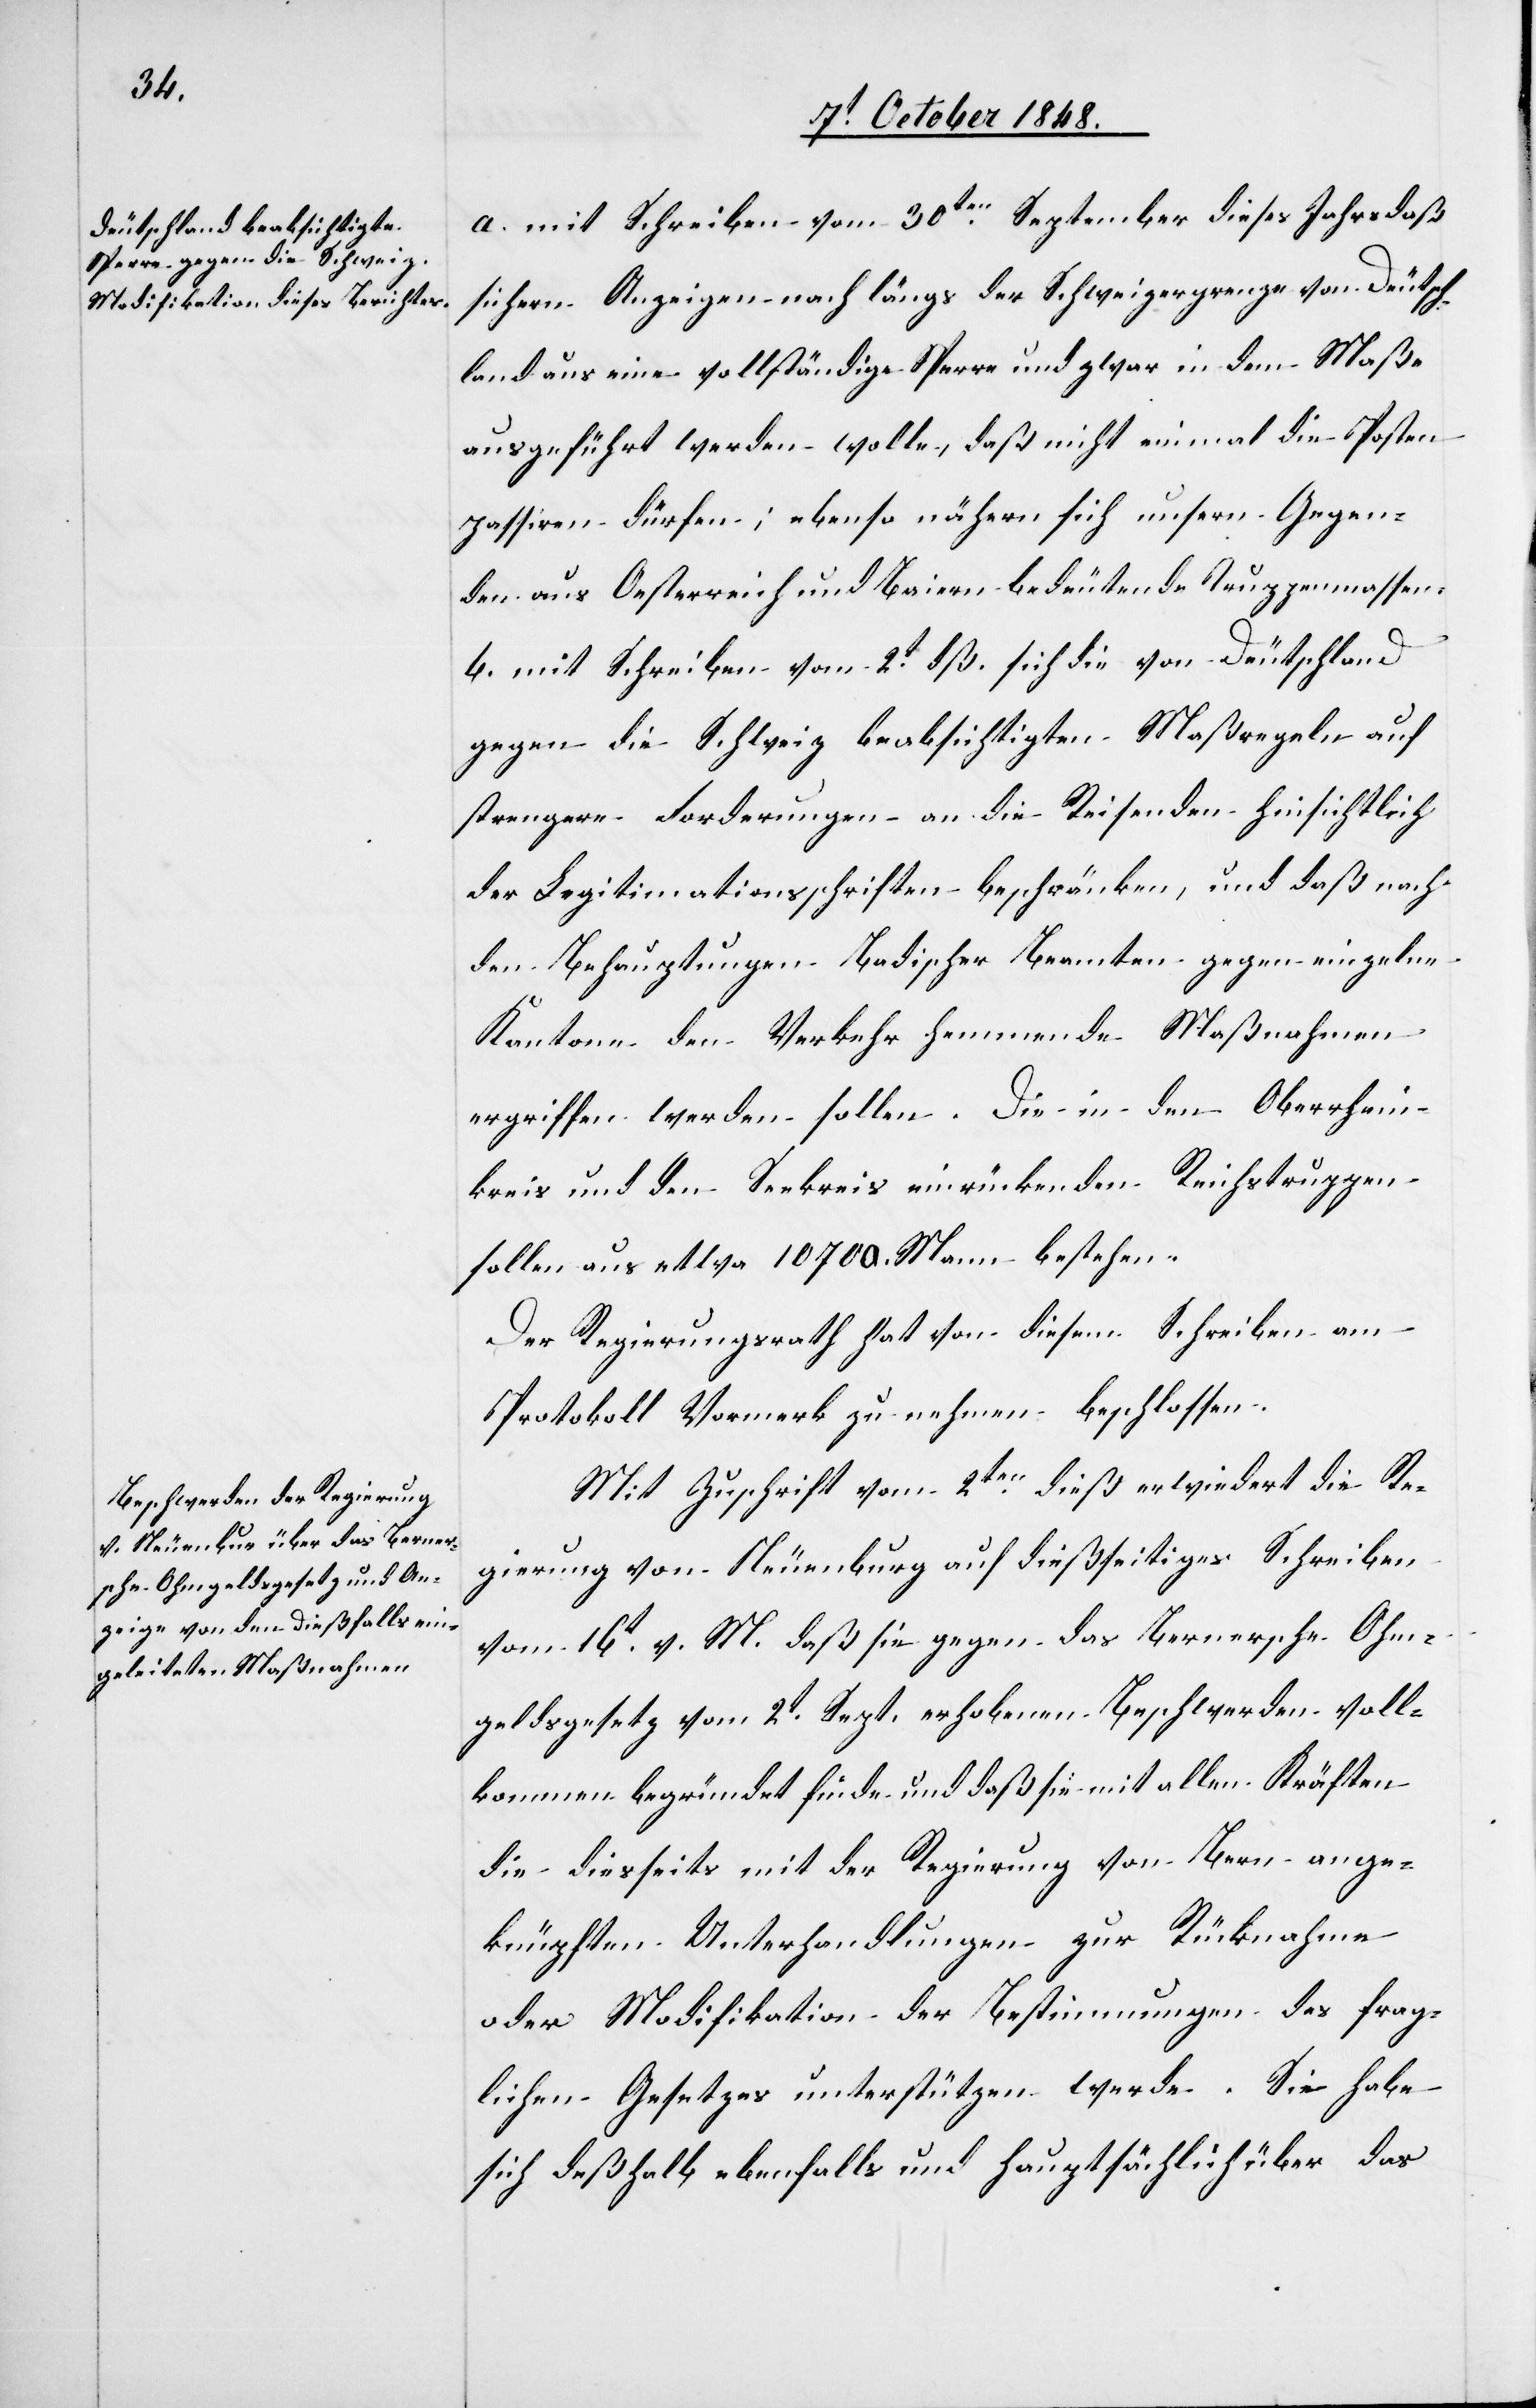
a. mit Schreiben vom 30ten September dieses Jahrs daß
sichern Anzeigen nach längs der Schweizergrenze von Deutsch¬
land aus eine vollständige Sperre und zwar in dem Maße
ausgeführt werden wolle, daß nicht einmal die Posten
passiren dürfen; ebenso nähern sich unsern Gegen¬
den aus Oesterreich und Baiern bedeutende Truppenmassen.
b. mit Schreiben vom 2t dß. sich die von Deutschland
gegen die Schweiz beabsichtigten Maßregeln auf
strengere Forderungen an die Reisenden hinsichtlich
der Legitimationsschriften beschränken, und daß nach
den Behauptungen Badischer Beamten gegen einzelne
Kantone den Verkehr hemmende Maßnahmen
ergriffen werden sollen. Die in den Oberrhein¬
kreis und den Seekreis einrückenden Reichstruppen
sollen aus etwa 10700. Mann bestehen.
Der Regierungsrath hat von diesem Schreiben am
Protokoll Vormerk zu nehmen beschlossen.
Mit Zuschrift vom 2ten dieß erwiedert die Re¬
gierung von Neuenburg auf dießseitiges Schreiben
vom 16t v. M. daß sie gegen das Bernersche Ohm¬
geldgesetz vom 2t Sept. erhobenen Beschwerden voll¬
kommen begründet finde und daß sie mit allen Kräften
die diesseits mit der Regierung von Bern ange¬
knüpften Unterhandlungen zur Rücknahme
oder Modifikation der Bestimmungen des frag¬
lichen Gesetzes unterstützen werde. Sie habe
sich deßhalb ebenfalls und hauptsächlich über das